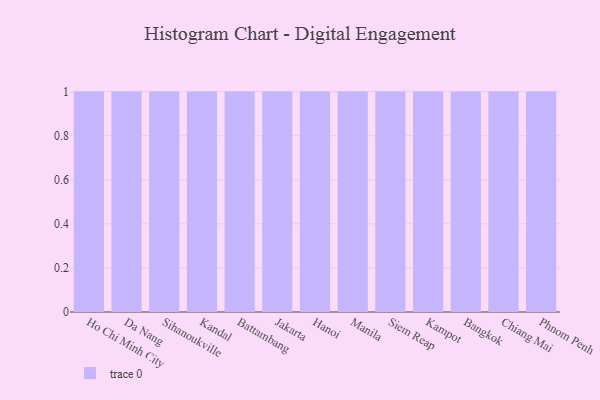
{"axis": {"x": "City", "y": "Net Income (USD K)"}, "legend": [""], "data": [{"x": "Ho Chi Minh City", "y": 46, "type": ""}, {"x": "Da Nang", "y": 72, "type": ""}, {"x": "Sihanoukville", "y": 1, "type": ""}, {"x": "Kandal", "y": 56, "type": ""}, {"x": "Battambang", "y": 36, "type": ""}, {"x": "Jakarta", "y": 98, "type": ""}, {"x": "Hanoi", "y": 12, "type": ""}, {"x": "Manila", "y": 52, "type": ""}, {"x": "Siem Reap", "y": 99, "type": ""}, {"x": "Kampot", "y": 41, "type": ""}, {"x": "Bangkok", "y": 65, "type": ""}, {"x": "Chiang Mai", "y": 48, "type": ""}, {"x": "Phnom Penh", "y": 11, "type": ""}]}